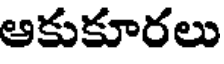
అకుకూరలు